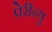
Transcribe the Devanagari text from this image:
पेरीन्यु